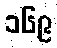
၁၆၉